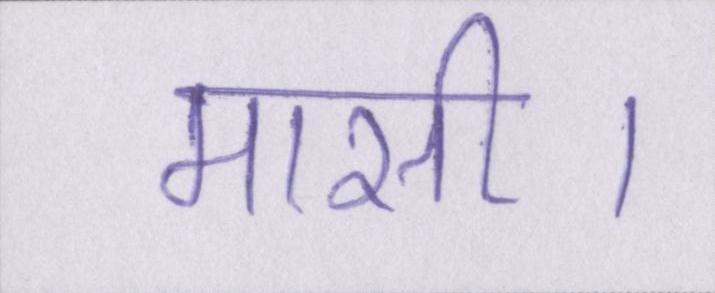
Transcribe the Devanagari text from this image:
मासी।